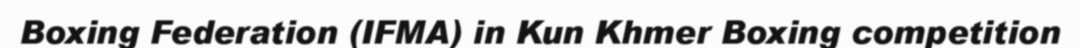
Boxing Federation (IFMA) in Kun Khmer Boxing competition